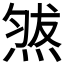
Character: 𱫧